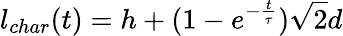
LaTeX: l_{char}(t)=h+(1-e^{-\frac{t}{\tau}})\sqrt{2}d